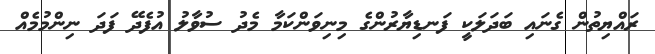
ރައްޔިތުން ގެނައި ބަދަލަކީ ފަނޑިޔާރުންގެ މިނިވަންކަމާ މެދު ސުވާލު އުފެދޭ ފަދަ ނިންމުމެއް